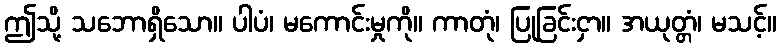
ဤသို့ သဘောရှိသော။ ပါပံ၊ မကောင်းမှုကို။ ကာတုံ၊ ပြုခြင်းငှာ။ အယုတ္တံ၊ မသင့်။